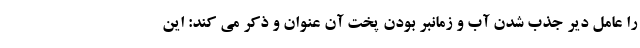
را عامل دیر جذب شدن آب و زمانبر بودن پخت آن عنوان و ذکر می کند: این